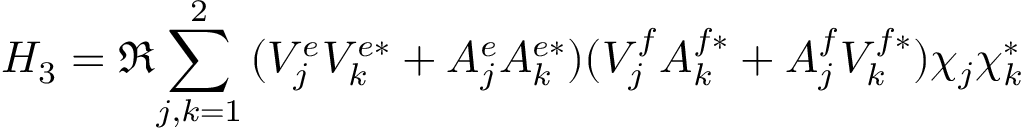
H _ { 3 } = \Re { \sum _ { j , k = 1 } ^ { 2 } { ( V _ { j } ^ { e } V _ { k } ^ { e * } + A _ { j } ^ { e } A _ { k } ^ { e * } ) ( V _ { j } ^ { f } A _ { k } ^ { f * } + A _ { j } ^ { f } V _ { k } ^ { f * } ) \chi _ { j } \chi _ { k } ^ { * } } }